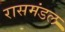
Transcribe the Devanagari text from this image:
रासमंडल